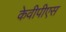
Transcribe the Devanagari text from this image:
केवीपीएस